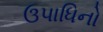
ઉપાધિનો